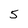
Character: 5